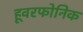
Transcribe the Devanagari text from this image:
हूवरफोनिक